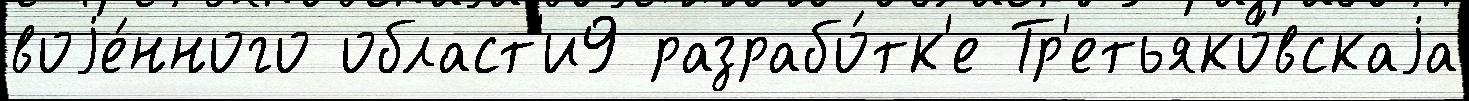
воjе́нного област'и9 разрабо́тк'е Тр'етьяко́вскаjа